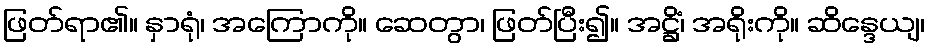
ဖြတ်ရာ၏။ နှာရုံ၊ အကြောကို။ ဆေတွာ၊ ဖြတ်ပြီး၍။ အဋ္ဌိံ၊ အရိုးကို။ ဆိန္ဒေယျ၊